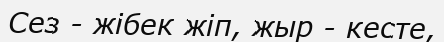
Сез - жібек жіп, жыр - кесте,